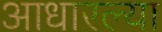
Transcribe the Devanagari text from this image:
आधारल्या